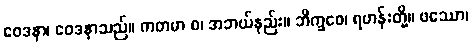
ဝေဒနာ၊ ဝေဒနာသည်။ ကတမာ စ၊ အဘယ်နည်း။ ဘိက္ခဝေ၊ ရဟန်းတို့။ ဖဿော၊